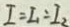
I = I _ { 1 } = I _ { 2 }